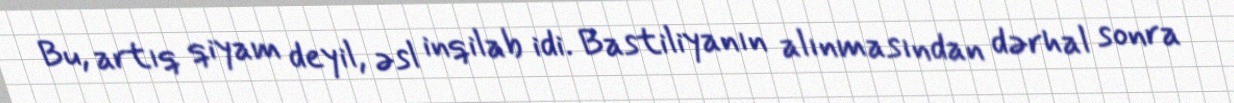
Bu, artıq qiyam deyil, əsl inqilab idi. Bastiliyanın alınmasından dərhal sonra